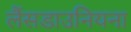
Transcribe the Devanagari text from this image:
लैंसडाउनियना